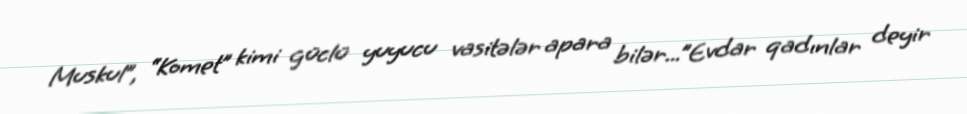
Muskul”, “Komet” kimi güclü yuyucu vasitələr apara bilər...”Evdar qadınlar deyir